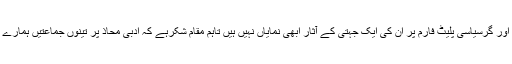
یہ تینوں جماعتیں ملک کے ہر گوشے میں پھیلی ہوئی ہیں اور گرسیاسی پلیٹ فارم پر ان کی ایک جہتی کے آثار ابھی نمایاں نہیں ہیں تاہم مقام شکرہے کہ ادبی محاذ پر تینوں جماعتیں ہمارے ترقی پسند گروہ میں شیر و شکر کی طرح گھلی ہوئی ہیں۔